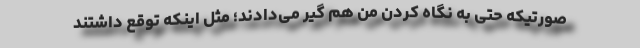
صورتیکه حتی به نگاه کردن من هم گیر می‌دادند؛ مثل اینکه توقع داشتند